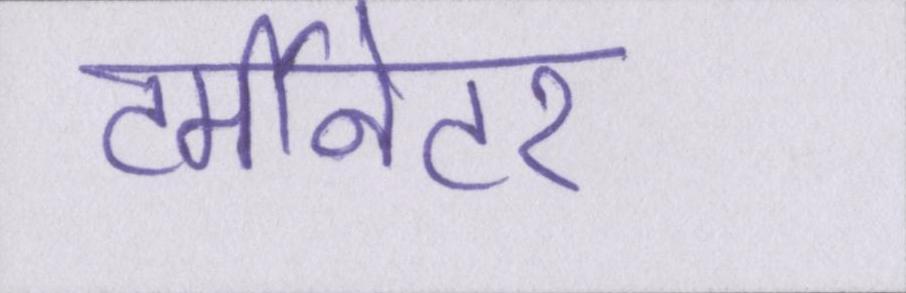
टर्मीनेटर